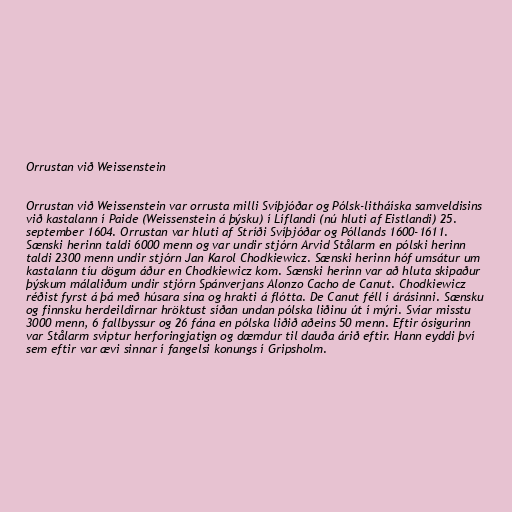
Orrustan við Weissenstein

Orrustan við Weissenstein var orrusta milli Svíþjóðar og Pólsk-litháíska samveldisins
við kastalann í Paide (Weissenstein á þýsku) í Líflandi (nú hluti af Eistlandi) 25.
september 1604. Orrustan var hluti af Stríði Svíþjóðar og Póllands 1600-1611.
Sænski herinn taldi 6000 menn og var undir stjórn Arvid Stålarm en pólski herinn
taldi 2300 menn undir stjórn Jan Karol Chodkiewicz. Sænski herinn hóf umsátur um
kastalann tíu dögum áður en Chodkiewicz kom. Sænski herinn var að hluta skipaður
þýskum málaliðum undir stjórn Spánverjans Alonzo Cacho de Canut. Chodkiewicz
réðist fyrst á þá með húsara sína og hrakti á flótta. De Canut féll í árásinni. Sænsku
og finnsku herdeildirnar hröktust síðan undan pólska liðinu út í mýri. Svíar misstu
3000 menn, 6 fallbyssur og 26 fána en pólska liðið aðeins 50 menn. Eftir ósigurinn
var Stålarm sviptur herforingjatign og dæmdur til dauða árið eftir. Hann eyddi því
sem eftir var ævi sinnar í fangelsi konungs í Gripsholm.